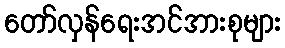
တော်လှန်ရေးအင်အားစုများ